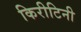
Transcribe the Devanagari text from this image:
किरीटिनी